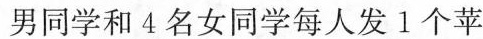
男同学和4名女同学每人发1个苹